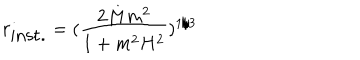
r _ { \mathrm { i n s t . } } = ( \frac { 2 M m ^ { 2 } } { 1 + m ^ { 2 } H ^ { 2 } } ) ^ { 1 / 3 }